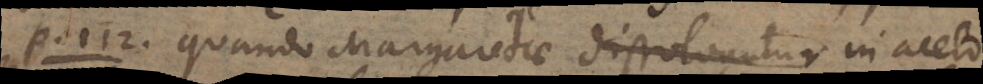
P. 112. Quando Margaritae dissolvuntur in aceto